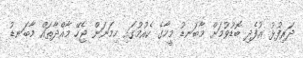
ދަރިފުޅު އުފެދި ބޮޑުވުމަށް މާބަނޑު މީހާގެ ކެއުމުގައި ހިމަނަން ޖެހޭ މާއްދާތައް މާބަނޑު